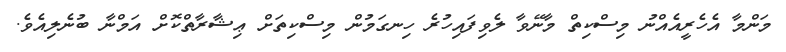
މަންމާ އެހެރީއެއްނު މިސްކިތް މާނޭވާ ލެވިފައިހުރެ ހިނގަމުން މިސްކިތަށް ޢިޝާރާތްކޮށް އަމްނާ ބުނެލިއެވެ.